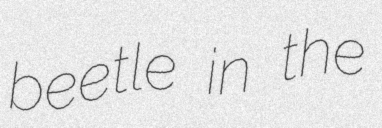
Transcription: beetle in the